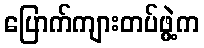
ပြောက်ကျားတပ်ဖွဲ့က